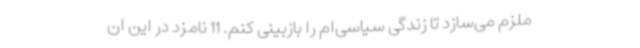
ملزم می‌سازد تا زندگی سیاسی‌ام را بازبینی کنم. 11 نامزد در این ان